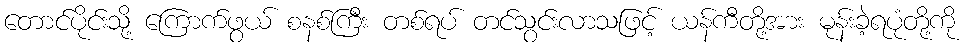
တောင်ပိုင်းသို့ ကြောက်ဖွယ် စနစ်ကြီး တစ်ရပ် တင်သွင်းလာသဖြင့် ယန်ကီတို့အား မုန်းခဲ့ရပုံတို့ကို